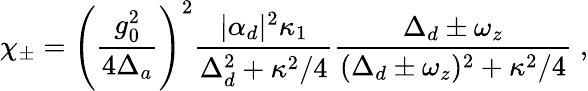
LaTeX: \chi_{\pm}=\left(\frac{g_{0}^{2}}{4\Delta_{a}}\right)^{2}{\frac{|\alpha_{d}|^{2}\kappa_{1}}{\Delta_{d}^{2}+\kappa^{2}/4}}{\frac{\Delta_{d}\pm\omega_{z}}{(\Delta_{d}\pm\omega_{z})^{2}+\kappa^{2}/4}}\; ,